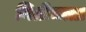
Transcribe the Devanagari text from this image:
नितीमत्ता